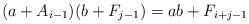
LaTeX: \begin{align*} (a+A_{i-1})(b+F_{j-1})=ab+F_{i+j-1} \end{align*}